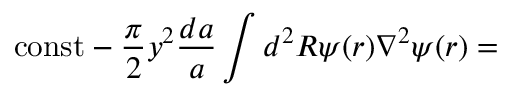
\mathrm { c o n s t } - \frac { \pi } { 2 } y ^ { 2 } \frac { d a } { a } \int d ^ { 2 } R \psi ( r ) \nabla ^ { 2 } \psi ( r ) =